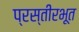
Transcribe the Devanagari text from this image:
प्रस्तीरभूत